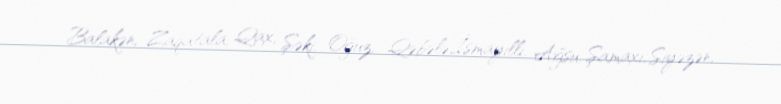
Balakən, Zaqatala, Qax, Şəki, Oğuz, Qəbələ,İsmayıllı, Ağsu, Şamaxı, Siyəzən,